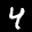
Label: 4